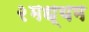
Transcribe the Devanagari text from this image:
२मध्यम